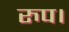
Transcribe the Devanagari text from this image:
रुप।